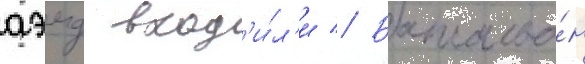
аэмд вход'и́л'и // Батальо́н